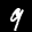
Label: 9